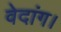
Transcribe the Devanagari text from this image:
वेदांग।